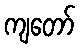
ကျတော်